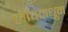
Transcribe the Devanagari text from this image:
लॉचमधून